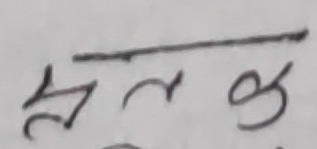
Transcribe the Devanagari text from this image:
हार्ट